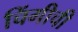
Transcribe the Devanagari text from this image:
चिंगीची